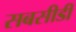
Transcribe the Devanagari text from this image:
सबसीडी